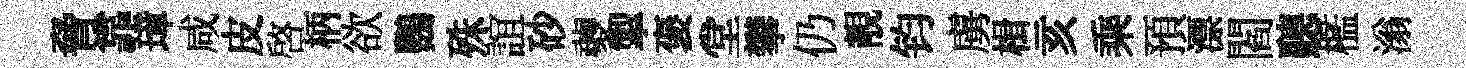
脅靠璋咸皮啟柄欲鸚殊誼砂夔掣褒堂攀仍靚钧虜楫亥乘預漂閻聽檻滃